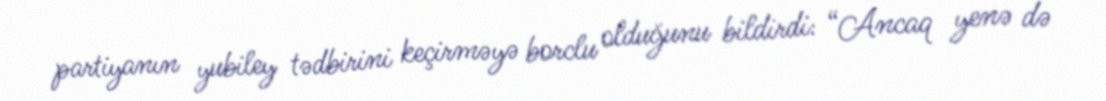
partiyanın yubiley tədbirini keçirməyə borclu olduğunu bildirdi: “Ancaq yenə də